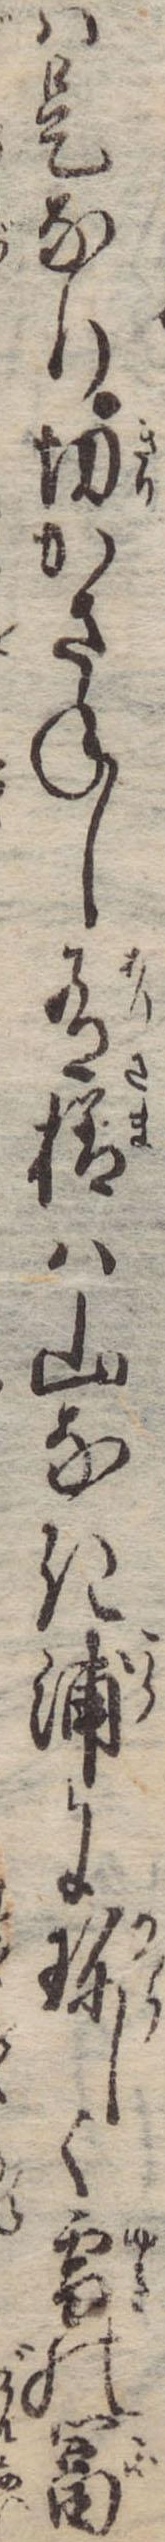
は是なり切かさねし有様は山なき浦に珍しく雪の富